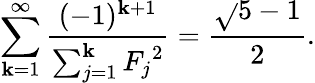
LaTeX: \sum_{\mathbf{k}=1}^{\infty}{\frac{{(-1)^{\mathbf{k}+1}}}{{\sum_{j=1}^{\mathbf{k}}{F_{j}}^{2}}}}={\frac{{{\sqrt{}{{5}}}-1}}{{2}}}.